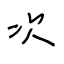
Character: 次